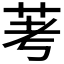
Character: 𫇷